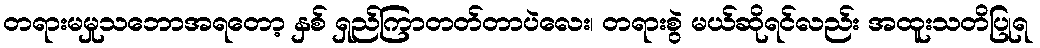
တရားမမှုသဘောအရတော့ နှစ် ရှည်ကြာတတ်တာပဲလေး၊ တရားစွဲ မယ်ဆိုရင်လည်း အထူးသတိပြုရ